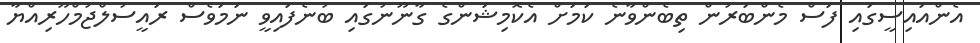
އެންއައިސީގައި ފަސް މެންބަރުން ތިބެންވާނެ ކަމަށް އެކޮމިޝަންގެ ގާނޫނުގައި ބުނެފައިވީ ނަމަވެސް ރައީސުލްޖުމްހޫރިއްޔާ